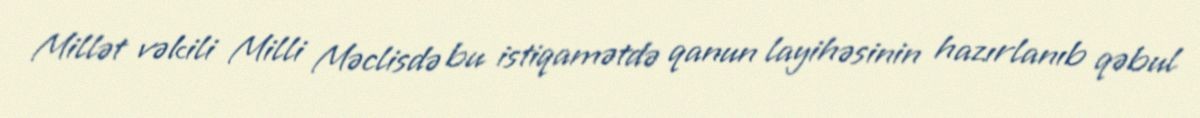
Millət vəkili Milli Məclisdə bu istiqamətdə qanun layihəsinin hazırlanıb qəbul